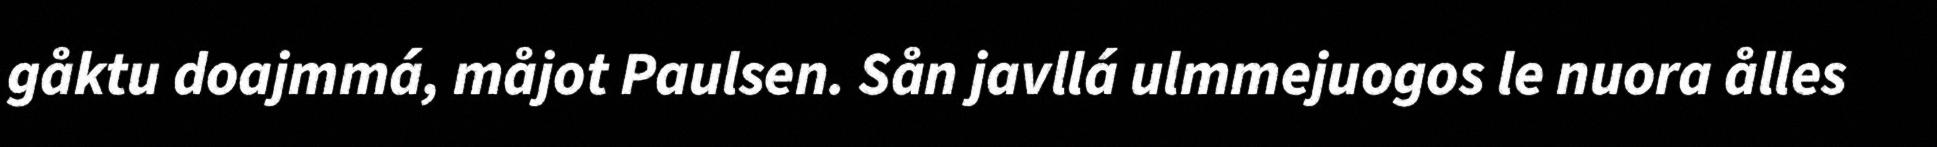
gåktu doajmmá, måjot Paulsen. Sån javllá ulmmejuogos le nuora ålles